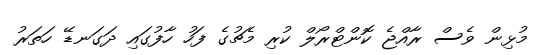
މުޅިން ވެސް ރާއްޖެ ކޮންޓްރޯލް ކުރި މެޗުގެ ފަހު ހާފުގައި ދަގަނޑޭ ހަތަރު